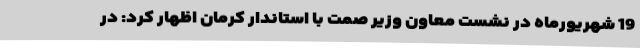
19 شهریورماه در نشست معاون وزیر صمت با استاندار کرمان اظهار کرد: در